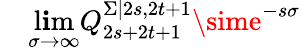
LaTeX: \quad\operatorname*{l\mathbf{i}m}_{\sigma\rightarrow\infty}Q_{2s+2t+1}^{\Sigma|2s,2t+1}\sime^{-s\sigma}